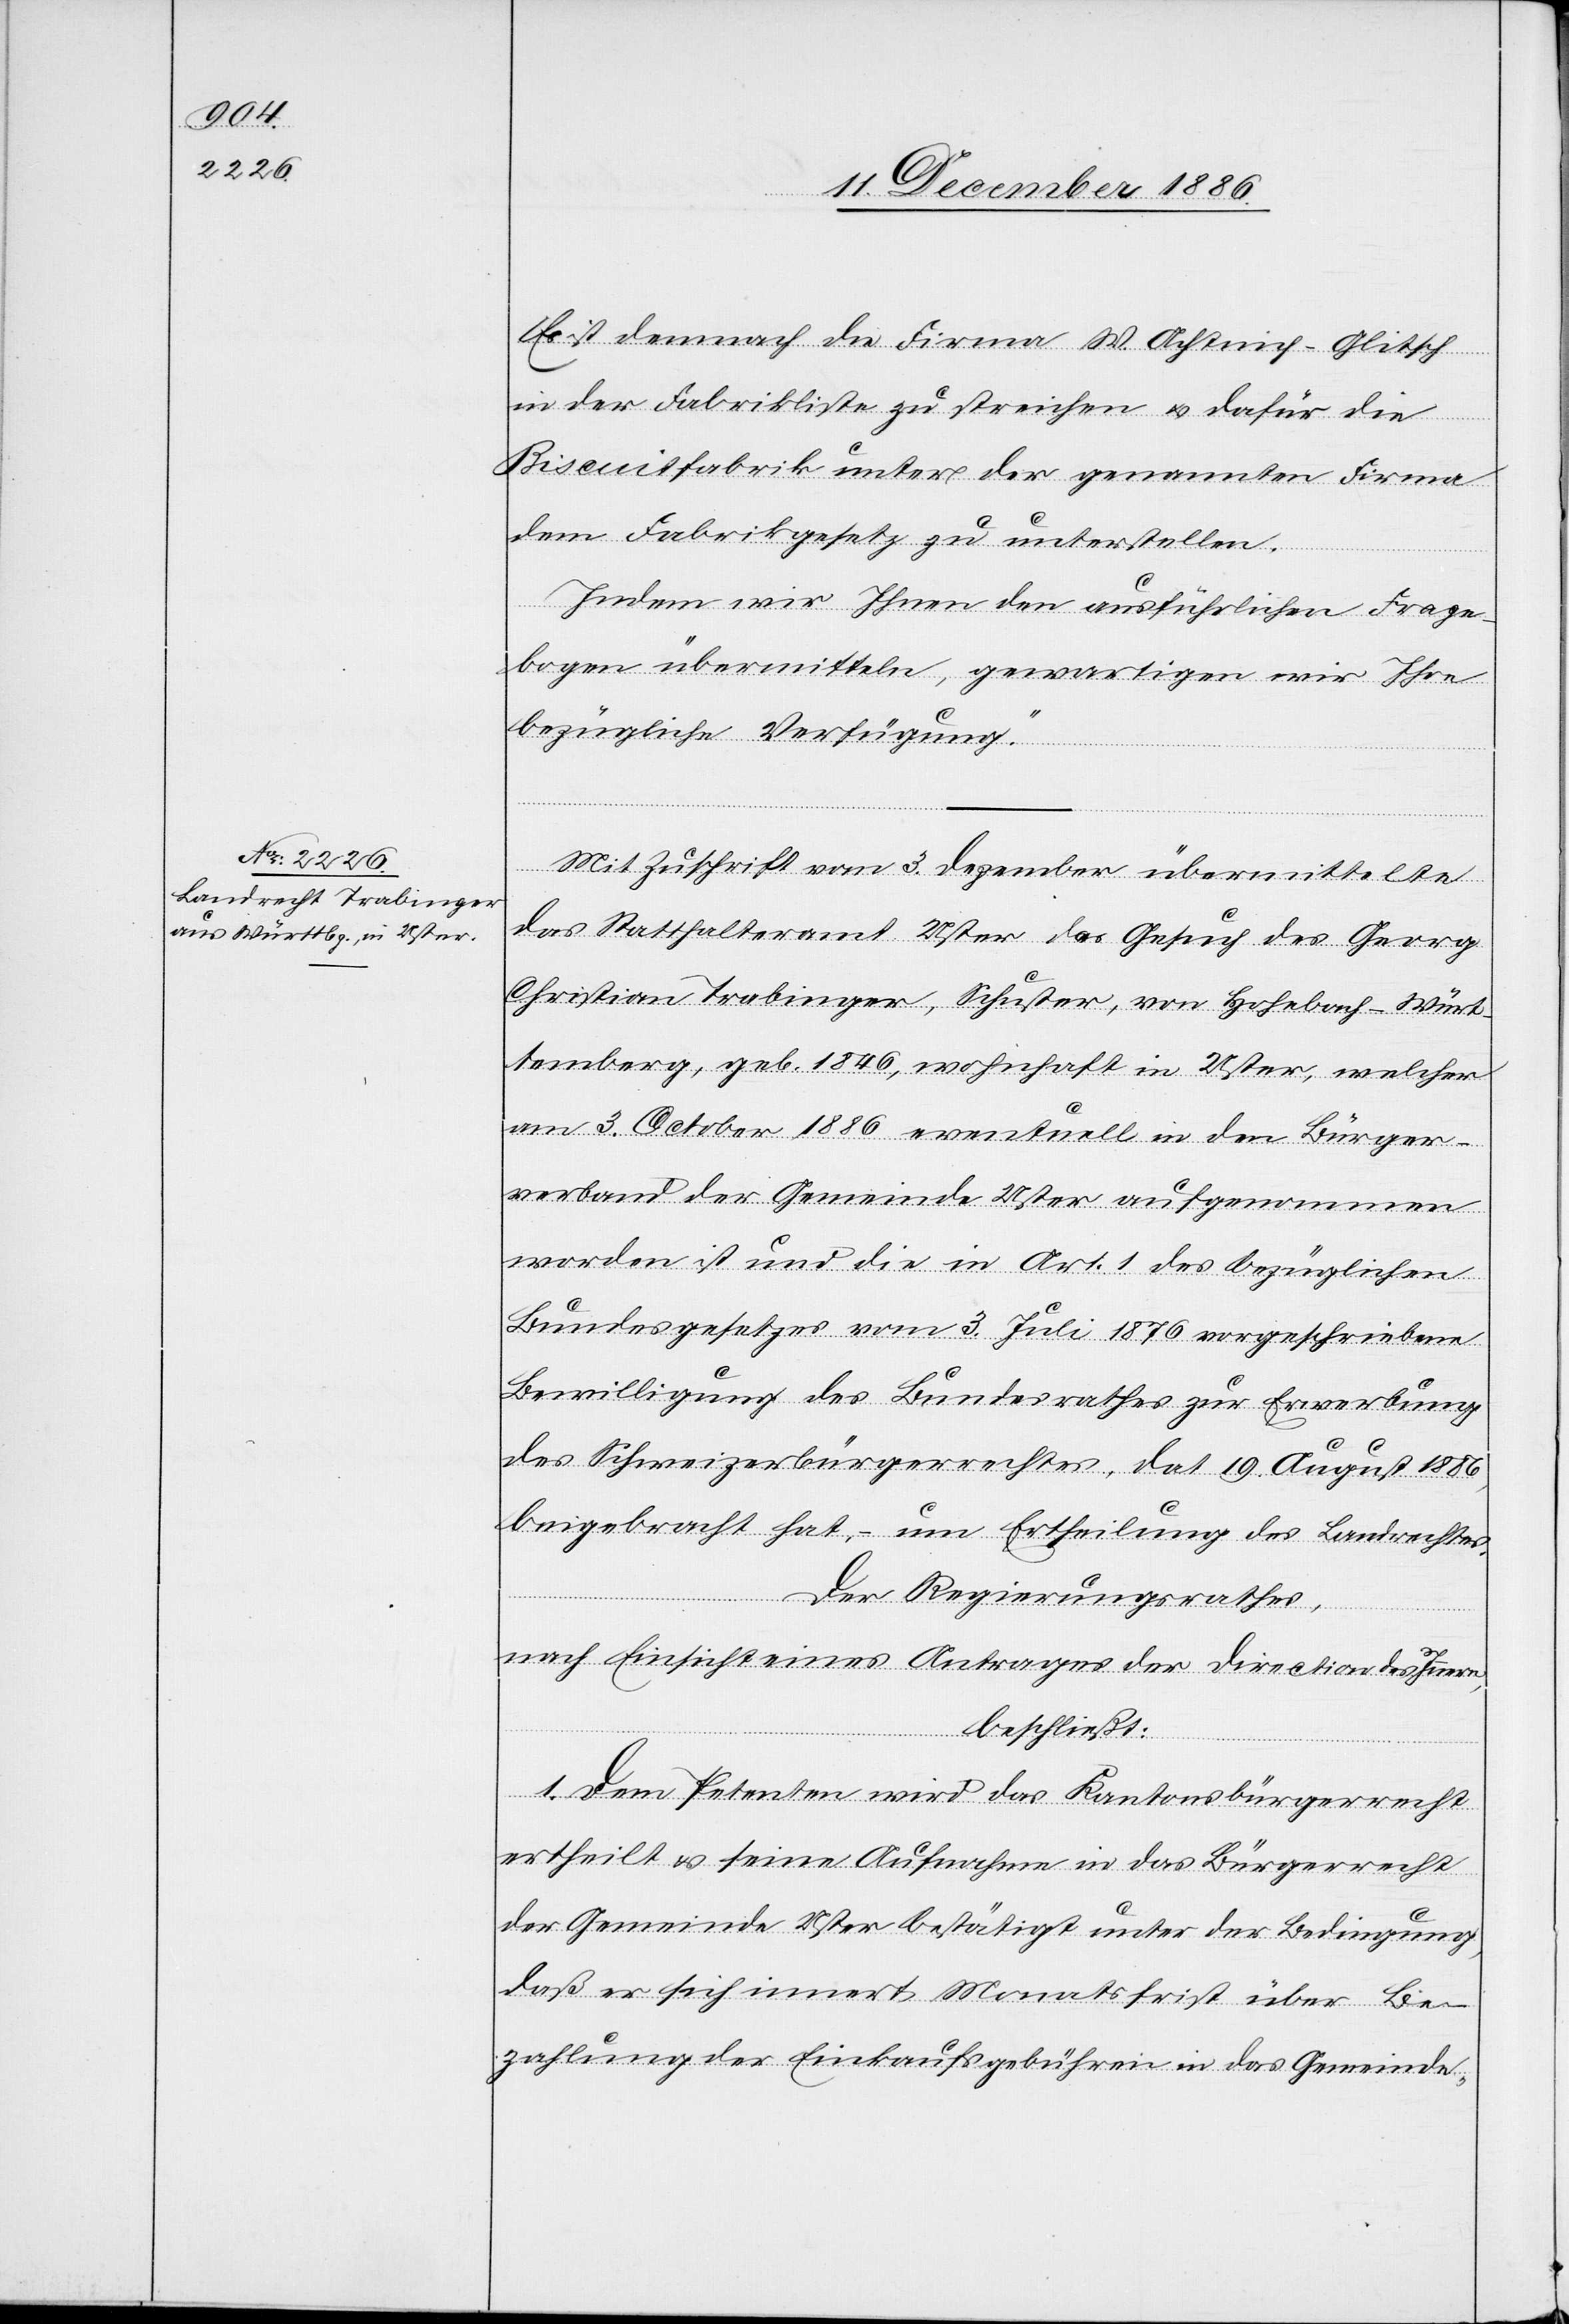
Es ist demnach die Firma W. Achtnich-Glitsch
in der Fabrikliste zu streichen & dafür die
Biscuitfabrik unter der genannten Firma
dem Fabrikgesetz zu unterstellen.
Indem wir Ihnen den ausführlichen Frage¬
bogen übermitteln, gewartigen [sic!] wir Ihre
bezügliche Verfügung.“
Mit Zuschrift vom 3. Dezember übermittelte
das Statthalteramt Uster das Gesuch des Georg
Christian Trabinger, Schuster, von Hohebach - Würt¬
temberg, geb. 1846, wohnhaft in Uster, welcher
am 3. October 1886 eventuell in den Bürger¬
verband der Gemeinde Uster aufgenommen
worden ist und die in Art. 1 des bezüglichen
Bundesgesetzes vom 3. Juli 1876 vorgeschriebene
Bewilligung des Bundesrathes zur Erwerbung
des Schweizerbürgerrechtes, dat. 19. August 1886,
beigebracht hat, – um Ertheilung des Landrechtes.
Der Regierungsrathes
nach Einsicht eines Antrages der Direction des Innern,
beschließt:
1. Dem Petenten wird das Kantonsbürgerrecht
ertheilt & seine Aufnahme in das Bürgerrecht
der Gemeinde Uster bestätigt unter der Bedingung,
daß er sich innert Monatsfrist über Be¬
zahlung der Einkaufsgebühren in das Gemeinde-